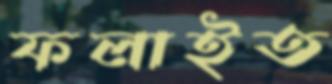
ফলাইত